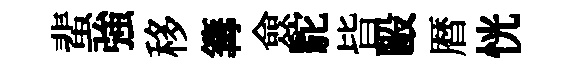
蜚強移篝僉駝𣅜毆暦恍